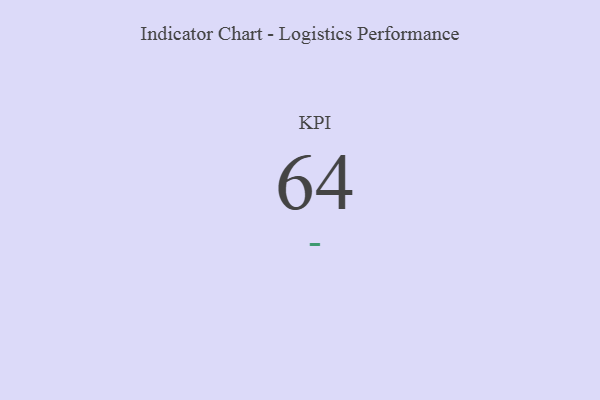
{"axis": {"x": "KPI", "y": "Value"}, "legend": [""], "data": [{"x": "KPI", "y": 64, "type": ""}]}